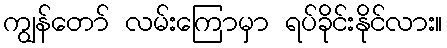
ကျွန်တော် လမ်းကြောမှာ ရပ်ခိုင်းနိုင်လား။